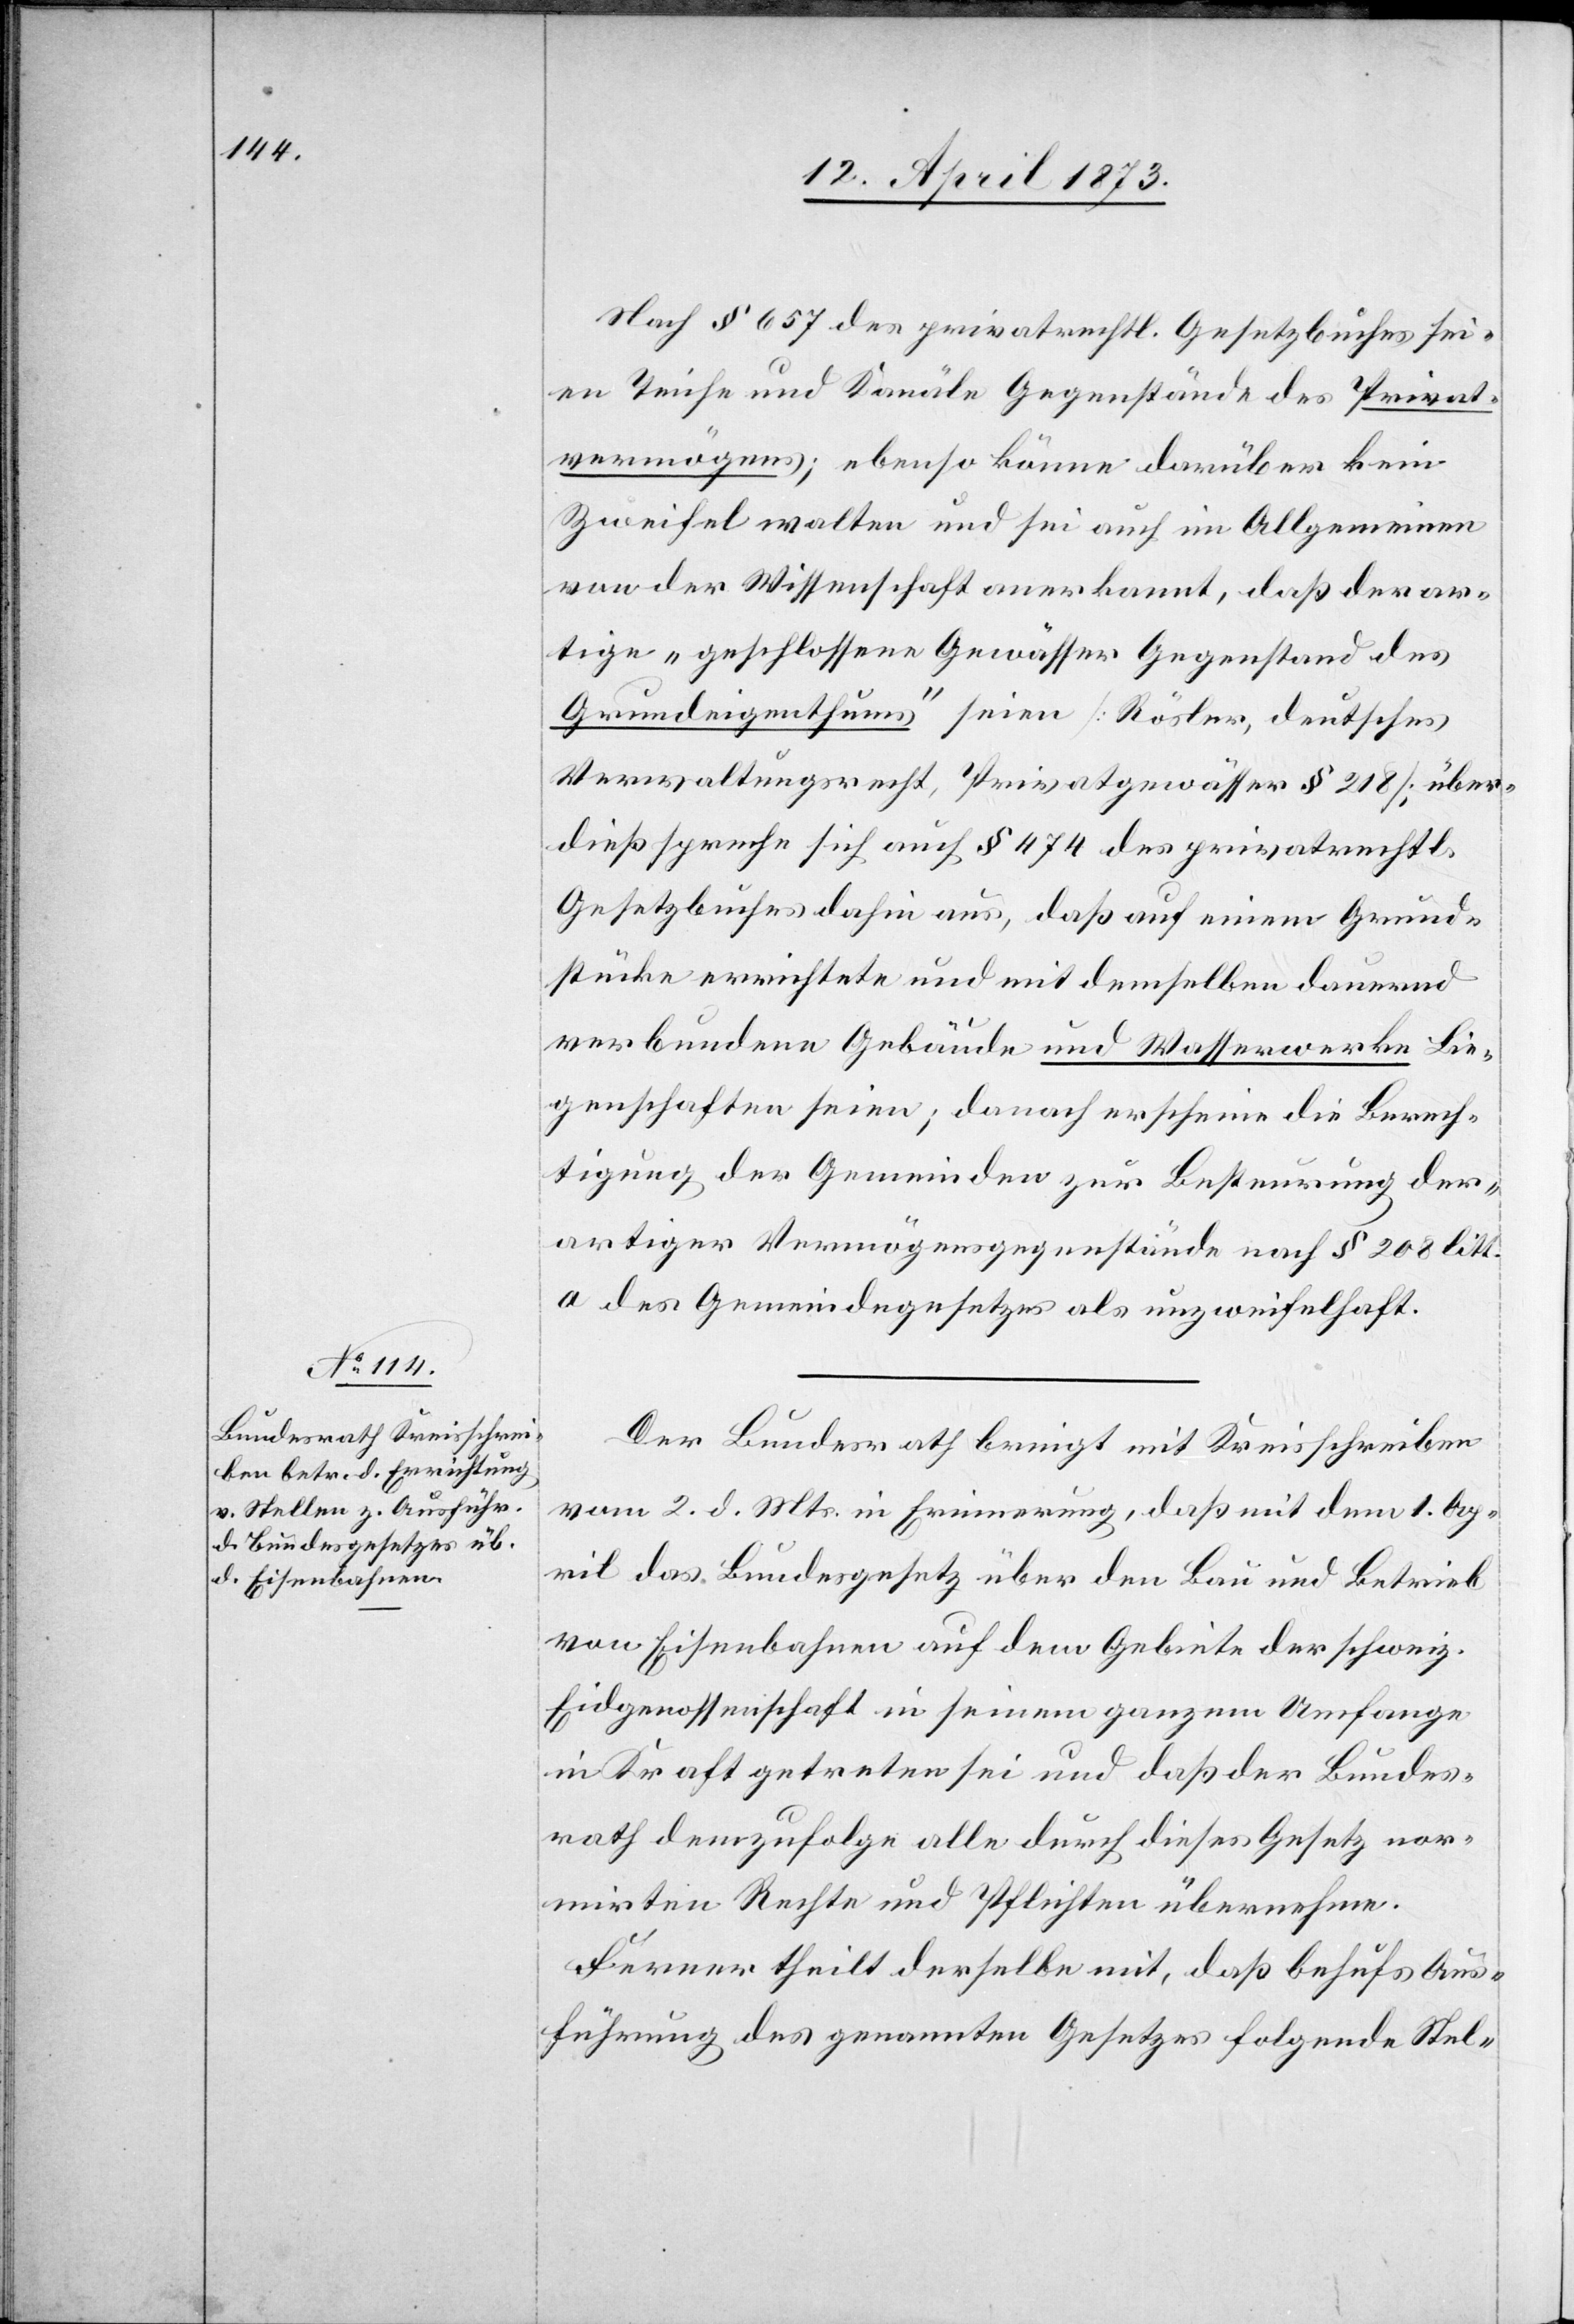
Nach § 657 des privatrechtl. Gesetzbuches sei¬
en Teiche und Kanäle Gegenstände des Privat¬
vermögens; ebenso könne darüber kein
Zweifel walten und sei auch im Allgemeinen
von der Wissenschaft anerkannt, daß derar¬
tige „geschlossene Gewässer Gegenstand des
Grundeigenthums“ seien [Rösler, deutsches
Verwaltungsrecht, Privatgewässer § 218]; über¬
dieß spreche sich auch § 474 des privatrechtl.
Gesetzbuches dahin aus, daß auf einem Grund¬
stücke errichtete und mit demselben dauernd
verbundene Gebäude und Wasserwerke Lie¬
genschaften seien; danach erscheine die Berech¬
tigung der Gemeinden zur Besteurung der¬
artiger Vermögensgegenstände nach § 208 litt.
a des Gemeindegesetzes als unzweifelhaft.
Der Bundesrath bringt mit Kreisschreiben
vom 2. d. Mts. in Erinnerung, daß mit dem 1. Ap¬
ril das Bundesgesetz über den Bau und Betrieb
von Eisenbahnen auf dem Gebiete der schweiz.
Eidgenossenschaft in seinem ganzen Umfange
in Kraft getreten sei und daß der Bundes¬
rath demzufolge alle durch dieses Gesetz nor¬
mirten Rechte und Pflichten übernehme.
Ferner theilt derselbe mit, daß behufs Aus¬
führung des genannten Gesetzes folgende Stel-